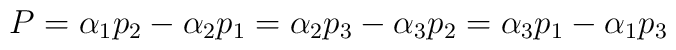
P = \alpha_1 p_2 - \alpha_2 p_1 = \alpha_2 p_3 - \alpha_3 p_2 = \alpha_3 p_1 - \alpha_1 p_3